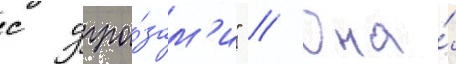
с угро́зам'и" // Она́